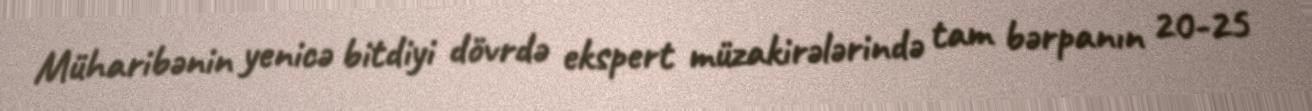
Müharibənin yenicə bitdiyi dövrdə ekspert müzakirələrində tam bərpanın 20-25